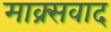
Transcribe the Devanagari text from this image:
माक्र्सवाद